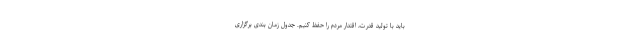
باید با تولید قدرت، اقتدار مردم را حفظ کنیم. جدول زمان بندی برگزاری